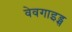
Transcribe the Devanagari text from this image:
वेवगाइड्स